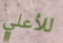
للأعلي